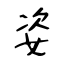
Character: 姿